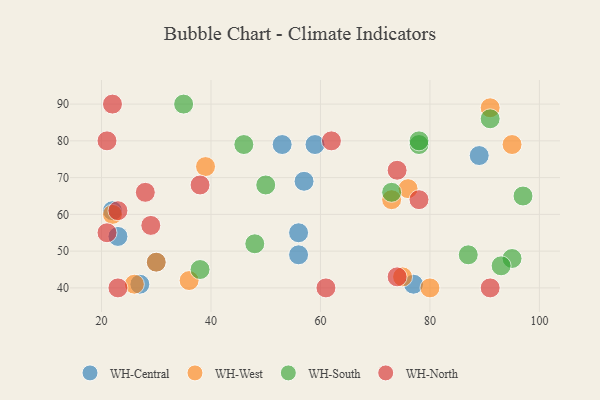
{"axis": {"x": "GDP", "y": "Life Expectancy"}, "legend": ["WH-Central", "WH-North", "WH-South", "WH-West"], "data": [{"x": "57", "y": 69, "type": "WH-Central"}, {"x": "89", "y": 76, "type": "WH-Central"}, {"x": "56", "y": 49, "type": "WH-Central"}, {"x": "22", "y": 61, "type": "WH-Central"}, {"x": "30", "y": 47, "type": "WH-Central"}, {"x": "77", "y": 41, "type": "WH-Central"}, {"x": "23", "y": 54, "type": "WH-Central"}, {"x": "59", "y": 79, "type": "WH-Central"}, {"x": "27", "y": 41, "type": "WH-Central"}, {"x": "56", "y": 55, "type": "WH-Central"}, {"x": "53", "y": 79, "type": "WH-Central"}, {"x": "75", "y": 43, "type": "WH-West"}, {"x": "22", "y": 60, "type": "WH-West"}, {"x": "91", "y": 89, "type": "WH-West"}, {"x": "26", "y": 41, "type": "WH-West"}, {"x": "73", "y": 64, "type": "WH-West"}, {"x": "39", "y": 73, "type": "WH-West"}, {"x": "36", "y": 42, "type": "WH-West"}, {"x": "76", "y": 67, "type": "WH-West"}, {"x": "30", "y": 47, "type": "WH-West"}, {"x": "80", "y": 40, "type": "WH-West"}, {"x": "95", "y": 79, "type": "WH-West"}, {"x": "95", "y": 48, "type": "WH-South"}, {"x": "46", "y": 79, "type": "WH-South"}, {"x": "97", "y": 65, "type": "WH-South"}, {"x": "78", "y": 79, "type": "WH-South"}, {"x": "91", "y": 86, "type": "WH-South"}, {"x": "50", "y": 68, "type": "WH-South"}, {"x": "73", "y": 66, "type": "WH-South"}, {"x": "35", "y": 90, "type": "WH-South"}, {"x": "48", "y": 52, "type": "WH-South"}, {"x": "87", "y": 49, "type": "WH-South"}, {"x": "38", "y": 45, "type": "WH-South"}, {"x": "93", "y": 46, "type": "WH-South"}, {"x": "78", "y": 80, "type": "WH-South"}, {"x": "23", "y": 40, "type": "WH-North"}, {"x": "29", "y": 57, "type": "WH-North"}, {"x": "23", "y": 61, "type": "WH-North"}, {"x": "22", "y": 90, "type": "WH-North"}, {"x": "21", "y": 55, "type": "WH-North"}, {"x": "21", "y": 80, "type": "WH-North"}, {"x": "61", "y": 40, "type": "WH-North"}, {"x": "38", "y": 68, "type": "WH-North"}, {"x": "74", "y": 43, "type": "WH-North"}, {"x": "28", "y": 66, "type": "WH-North"}, {"x": "74", "y": 72, "type": "WH-North"}, {"x": "91", "y": 40, "type": "WH-North"}, {"x": "62", "y": 80, "type": "WH-North"}, {"x": "78", "y": 64, "type": "WH-North"}]}